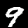
Digit: 9